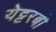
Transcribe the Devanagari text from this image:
येट्टरबी